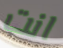
انت